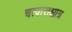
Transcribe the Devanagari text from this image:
चत्वाराश्चात्र